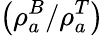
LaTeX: \left(\rho_{a}^{B}/\rho_{a}^{T}\right)